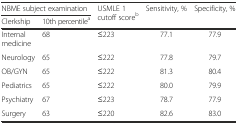
<table><thead><tr><td colspan="2"><b>NBME subject examination</b></td><td rowspan="2"><b>USMLE 1 cutoff score<sup>b</sup></b></td><td rowspan="2"><b>Sensitivity, %</b></td><td rowspan="2"><b>Specificity, %</b></td></tr><tr><td><b>Clerkship</b></td><td><b>10th percentile<sup>a</sup></b></td></tr></thead><tbody><tr><td>Internal medicine</td><td>68</td><td>≤223</td><td>77.1</td><td>77.9</td></tr><tr><td>Neurology</td><td>65</td><td>≤222</td><td>77.8</td><td>79.7</td></tr><tr><td>OB/GYN</td><td>65</td><td>≤222</td><td>81.3</td><td>80.4</td></tr><tr><td>Pediatrics</td><td>65</td><td>≤222</td><td>80.0</td><td>79.9</td></tr><tr><td>Psychiatry</td><td>67</td><td>≤223</td><td>78.7</td><td>77.9</td></tr><tr><td>Surgery</td><td>63</td><td>≤220</td><td>82.6</td><td>83.0</td></tr></tbody></table>